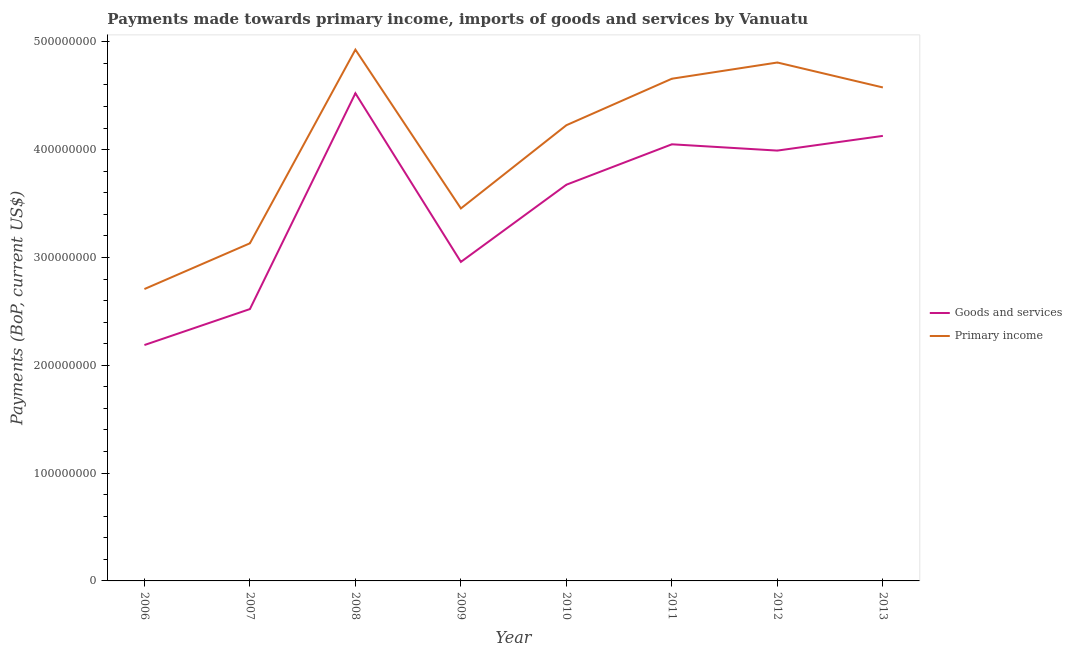
| Year | Goods and services | Primary income |
 | --- | --- | --- |
 | 2006 | 2.19e+08 | 2.71e+08 |
 | 2007 | 2.52e+08 | 3.13e+08 |
 | 2008 | 4.52e+08 | 4.93e+08 |
 | 2009 | 2.96e+08 | 3.45e+08 |
 | 2010 | 3.68e+08 | 4.23e+08 |
 | 2011 | 4.05e+08 | 4.66e+08 |
 | 2012 | 3.99e+08 | 4.81e+08 |
 | 2013 | 4.13e+08 | 4.58e+08 |